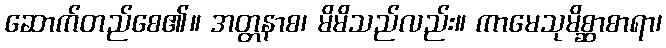
ဆောက်တည်စေ၏။ အတ္တနာစ၊ မိမိသည်လည်း။ ကာမေသုမိစ္ဆာစာရာ၊